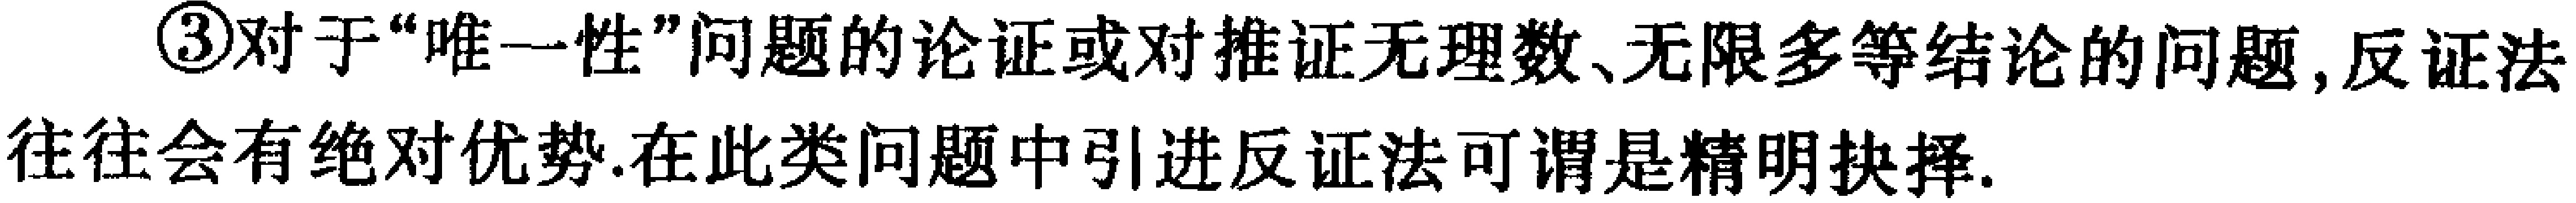
\textcircled{3}对于“唯一性”问题的论证或对推证无理数、无限多等结论的问题,反证法往往会有绝对优势.在此类问题中引进反证法可谓是精明抉择.